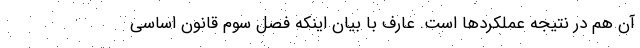
آن هم در نتیجه عملکردها است. عارف با بیان اینکه فصل سوم قانون اساسی